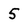
Character: 5